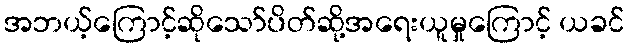
အဘယ့်ကြောင့်ဆိုသော်ပိတ်ဆို့အရေးယူမှုကြောင့် ယခင်